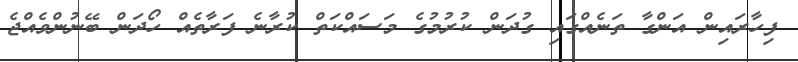
ފިހާރައިން އަންގާ ތަނެއްގައި ގުދަން ކުރުމުގެ މަސައްކަތް ކުރާނެ ފަރާތެއް ހޯދަން ބޭނުންވެއްޖެ